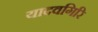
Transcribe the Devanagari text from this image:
यादवगिरि